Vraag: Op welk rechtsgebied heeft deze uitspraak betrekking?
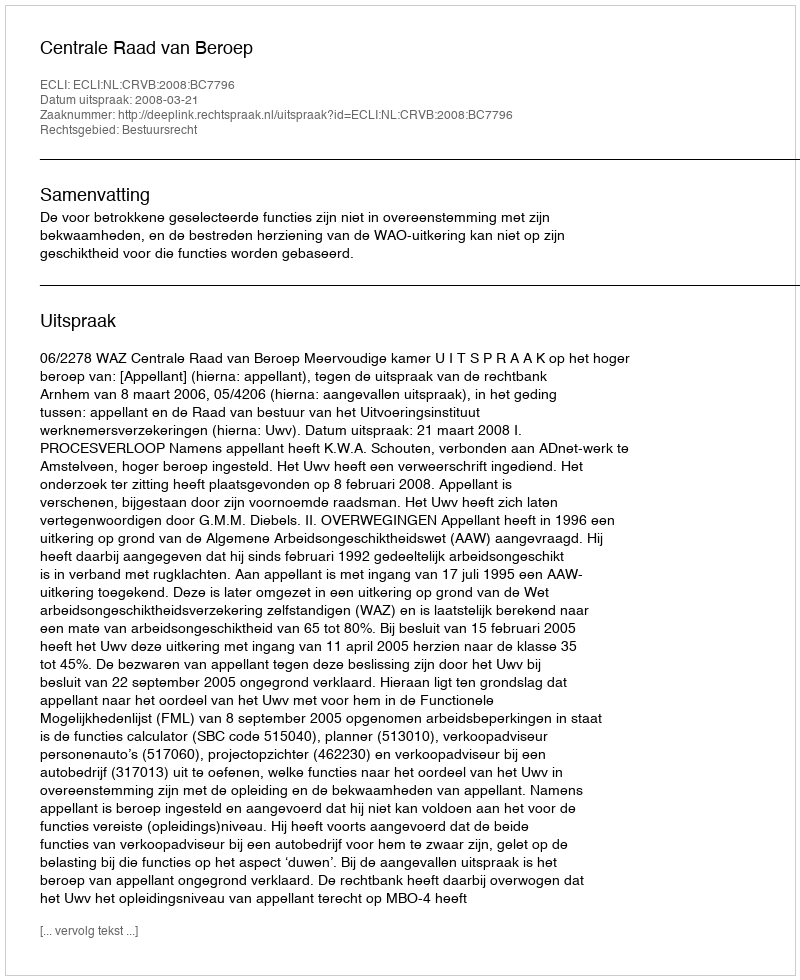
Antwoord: Bestuursrecht